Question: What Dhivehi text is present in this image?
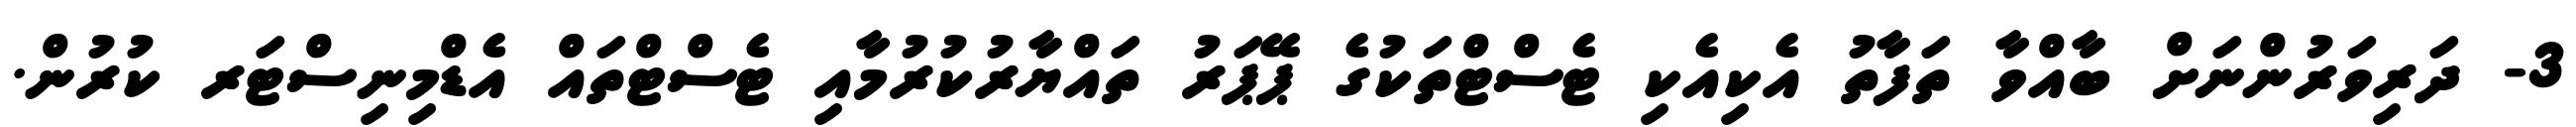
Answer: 3- ދަރިވަރުންނަށް ބާއްވާ ތަފާތު އެކިއެކި ޓެސްޓްތަކުގެ ޕޭޕަރު ތައްޔާރުކުރުމާއި ޓެސްޓްތައް އެޑްމިނިސްޓަރ ކުރުން.